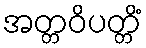
အတ္တဝိပတ္တိံ